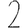
Digit: 2